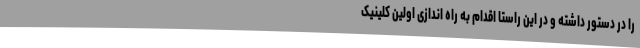
را در دستور داشته و در این راستا اقدام به راه اندازی اولین کلینیک